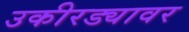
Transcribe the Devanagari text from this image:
उकीरड्यावर